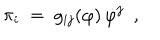
\pi _ { i } ~ = ~ g _ { i j } ( \varphi ) \, \dot { \varphi } ^ { j } ~ ~ ,